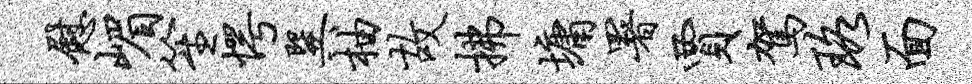
慰嵋笙愕巽柚故拂墉署贾驾珞面